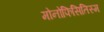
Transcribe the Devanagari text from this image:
मोनोफिसितिस्म